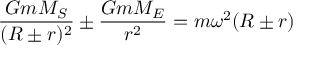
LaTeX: { \frac { G m M _ { S } } { ( R \pm r ) ^ { 2 } } } \pm { \frac { G m M _ { E } } { r ^ { 2 } } } = m \omega ^ { 2 } ( R \pm r )